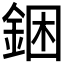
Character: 𰼮